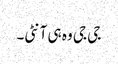
جی جی وہ ہی آنٹی۔